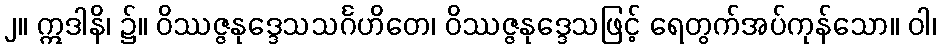
၂။ ဣဒါနိ၊ ၌။ ဝိဿဇ္ဇနုဒ္ဒေသသင်္ဂဟိတေ၊ ဝိဿဇ္ဇနုဒ္ဒေသဖြင့် ရေတွက်အပ်ကုန်သော။ ဝါ၊